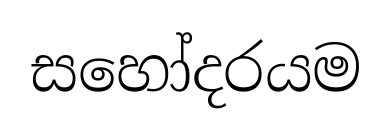
සහෝදරයම